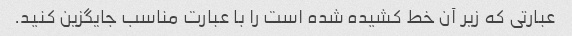
عبارتی که زیر آن خط کشیده شده است را با عبارت مناسب جایگزین کنید.